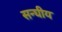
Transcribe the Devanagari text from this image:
सन्घीय